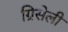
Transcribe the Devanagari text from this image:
ग्रिसेली